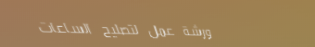
ورشة عمل لتصليح الساعات